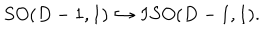
S O ( D - 1 , 1 ) \hookrightarrow I S O ( D - 1 , 1 ) .